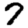
Digit: 7